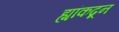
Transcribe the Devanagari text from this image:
ह्यांकढून